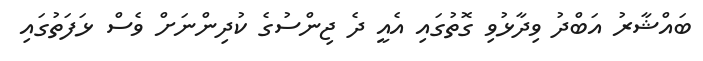
ބައްޝާރު އަބްދު ވިދާޅުވި ގޮތުގައި އެއީ ދެ ޖިންސުގެ ކުދިންނަށް ވެސް ޅަފަތުގައި